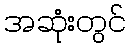
အဆုံးတွင်